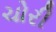
ચોરી